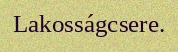
Lakosságcsere.